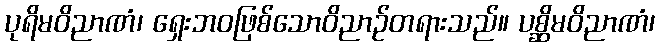
ပုရိမဝိညာဏံ၊ ရှေးဘဝဖြစ်သောဝိညာဉ်တရားသည်။ ပစ္ဆိမဝိညာဏံ၊